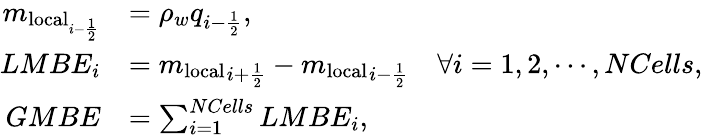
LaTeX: \begin{array}{rl}{m_{\mathrm{local}_{i-\frac{1}{2}}}}&{=\rho_{w}q_{i-\frac{1}{2}},}\\ {LMBE_{i}}&{={m_{\mathrm{local}}}_{i+\frac{1}{2}}-{m_{\mathrm{local}}}_{i-\frac{1}{2}}\quad\forall i=1,2,\cdots,NCells,}\\ {GMBE}&{=\sum_{i=1}^{NCells}LMBE_{i},}\end{array}